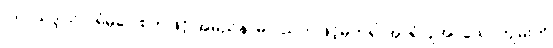
(သ၊ သဒ္ဒါသ် ပရံမုခဝါစကဖြင့် အမည်နာမ ပညတ်ဖြင့်မှတ်၍ အာရုံပြုအပ်သောကျမ်းကို